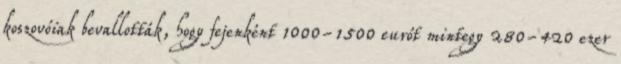
koszovóiak bevallották, hogy fejenként 1000-1500 eurót mintegy 280-420 ezer